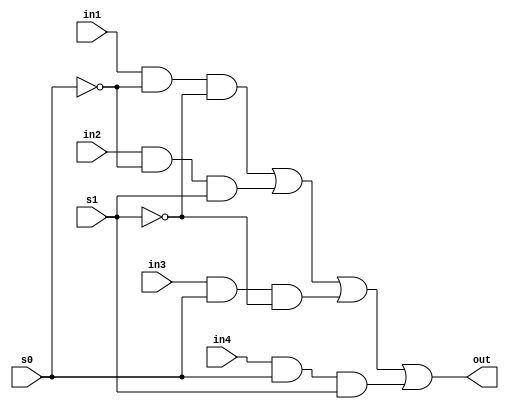
module mux4_1a(out,in1,in2,in3,in4,s0,s1);
	input in1,in2,in3,in4,s0,s1;
	output out;
	wire s0_n,s1_n,w,x,y,z;
	not (s0_n,s0),(s1_n,s1);
	and (w,in1,s0_n,s1_n),(x,in2,s0_n,s1),
		(y,in3,s0,s1_n),(z,in4,s0,s1);
	or(out,w,x,y,z);
endmodule